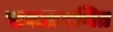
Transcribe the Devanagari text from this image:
पावलागणित